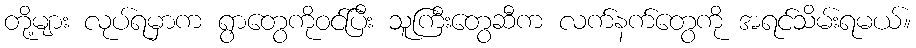
တို့များ လုပ်ရမှာက ရွာတွေကိုဝင်ပြီး သူကြီးတွေဆီက လက်နက်တွေကို အရင်သိမ်းရမယ်။